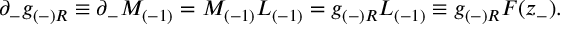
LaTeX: \partial _ { - } g _ { ( - ) R } \equiv \partial _ { - } M _ { ( - 1 ) } = M _ { ( - 1 ) } L _ { ( - 1 ) } = g _ { ( - ) R } L _ { ( - 1 ) } \equiv g _ { ( - ) R } { F } ( z _ { - } ) .